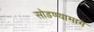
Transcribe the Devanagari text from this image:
सोडण्यामागे